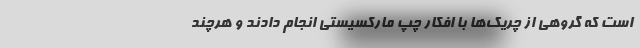
است که گروهی از چریک‌ها با افکار چپ مارکسیستی انجام دادند و هرچند